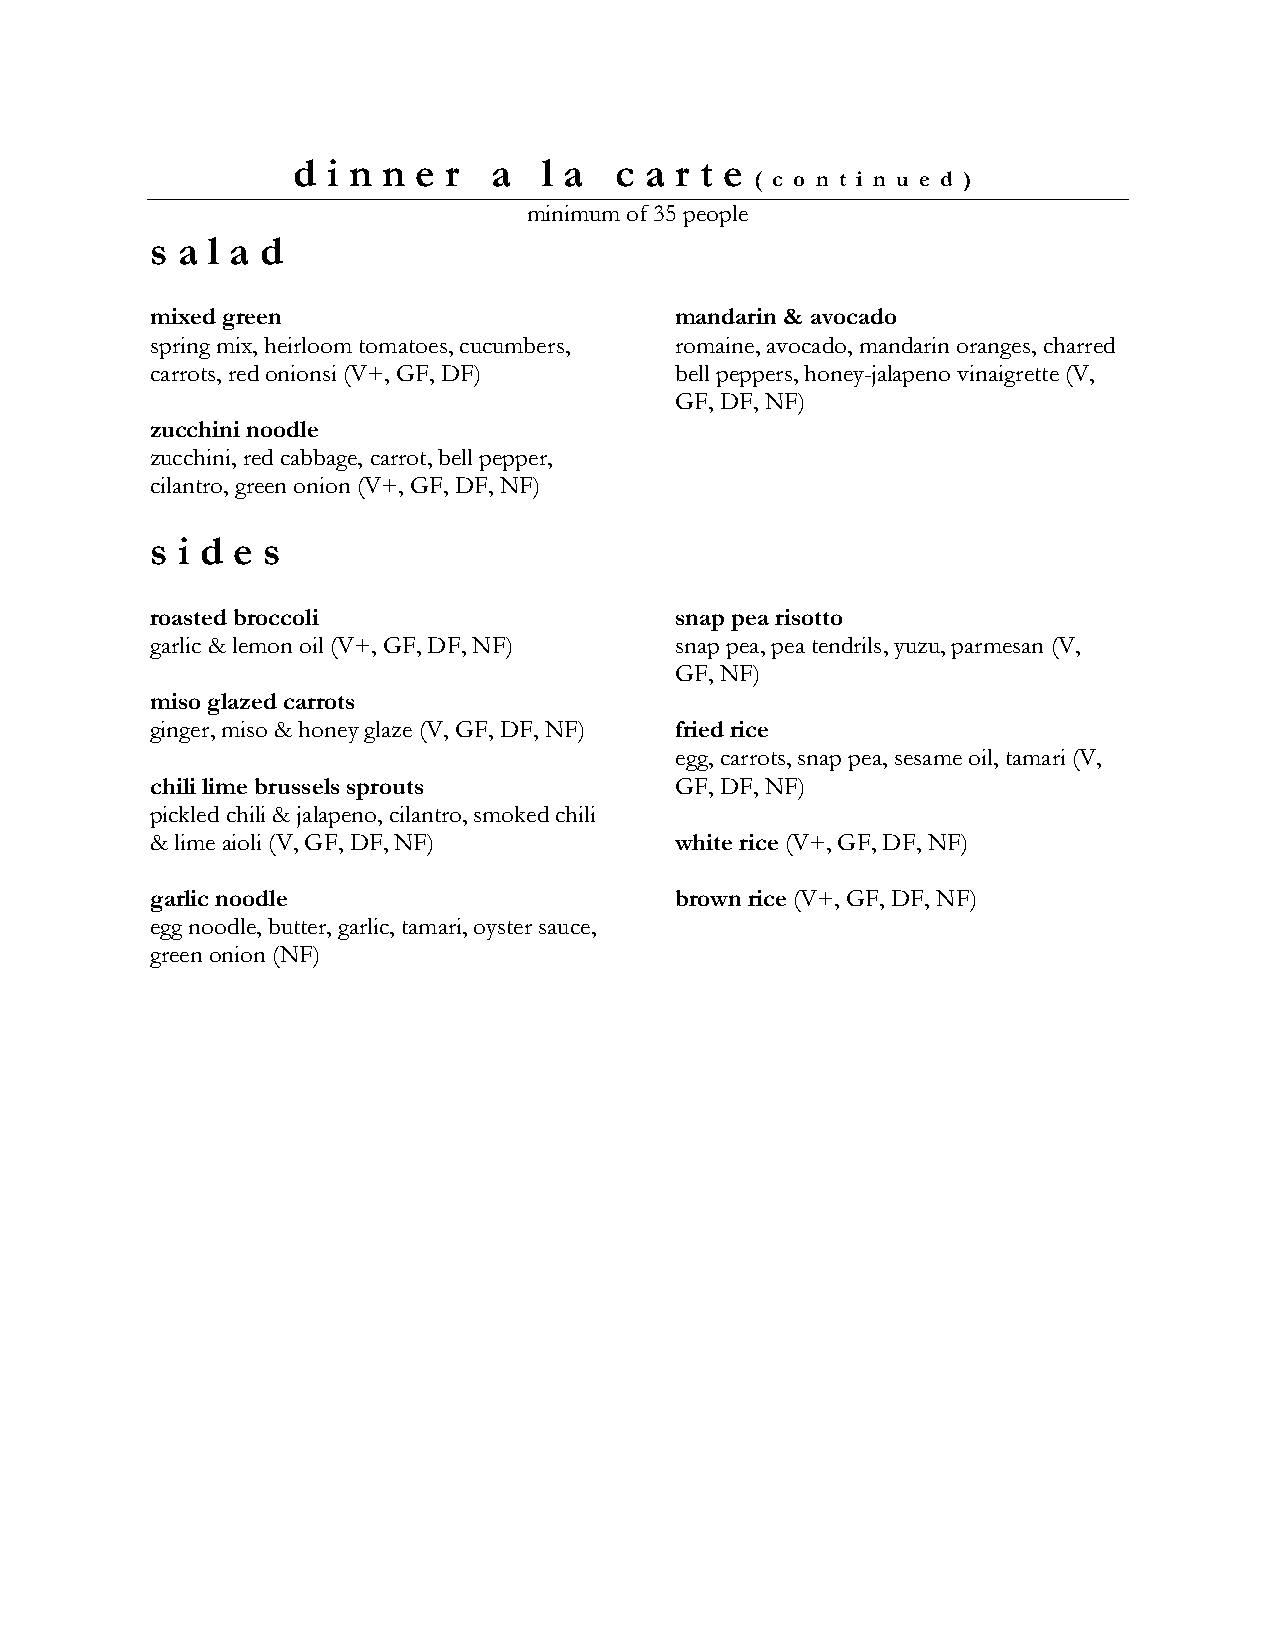
d  i n n e r  a  l a  c a r t e
 ( c o n t i n u e d )
 minimum of 35 people
 s a l a d
 mixed green                        mandarin & avocado
 spring mix, heirloom tomatoes, cucumbers, romaine, avocado, mandarin oranges, charred
 carrots, red onionsi (V+, GF, DF)  bell peppers, honey-jalapeno vinaigrette (V,
 GF, DF, NF)
 zucchini noodle
 zucchini, red cabbage, carrot, bell pepper,
 cilantro, green onion (V+, GF, DF, NF)
 s i d e s
 roasted broccoli                   snap pea risotto
 garlic & lemon oil (V+, GF, DF, NF) snap pea, pea tendrils, yuzu, parmesan (V,
 GF, NF)
 miso glazed carrots
 ginger, miso & honey glaze (V, GF, DF, NF) fried rice
 egg, carrots, snap pea, sesame oil, tamari (V,
 chili lime brussels sprouts        GF, DF, NF)
 pickled chili & jalapeno, cilantro, smoked chili
 & lime aioli (V, GF, DF, NF)       white rice (V+, GF, DF, NF)
 garlic noodle                      brown rice (V+, GF, DF, NF)
 egg noodle, butter, garlic, tamari, oyster sauce,
 green onion (NF)